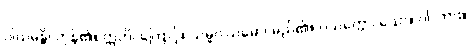
ဝါယမန္တိ၊ ကုန်၏။ ဣတိ၊ ကြောင့်။ သမ္မဝါယမော၊ မည်၏။ ပသတ္တော၊ သော။ ဝါ၊ ကား။